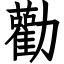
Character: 勸